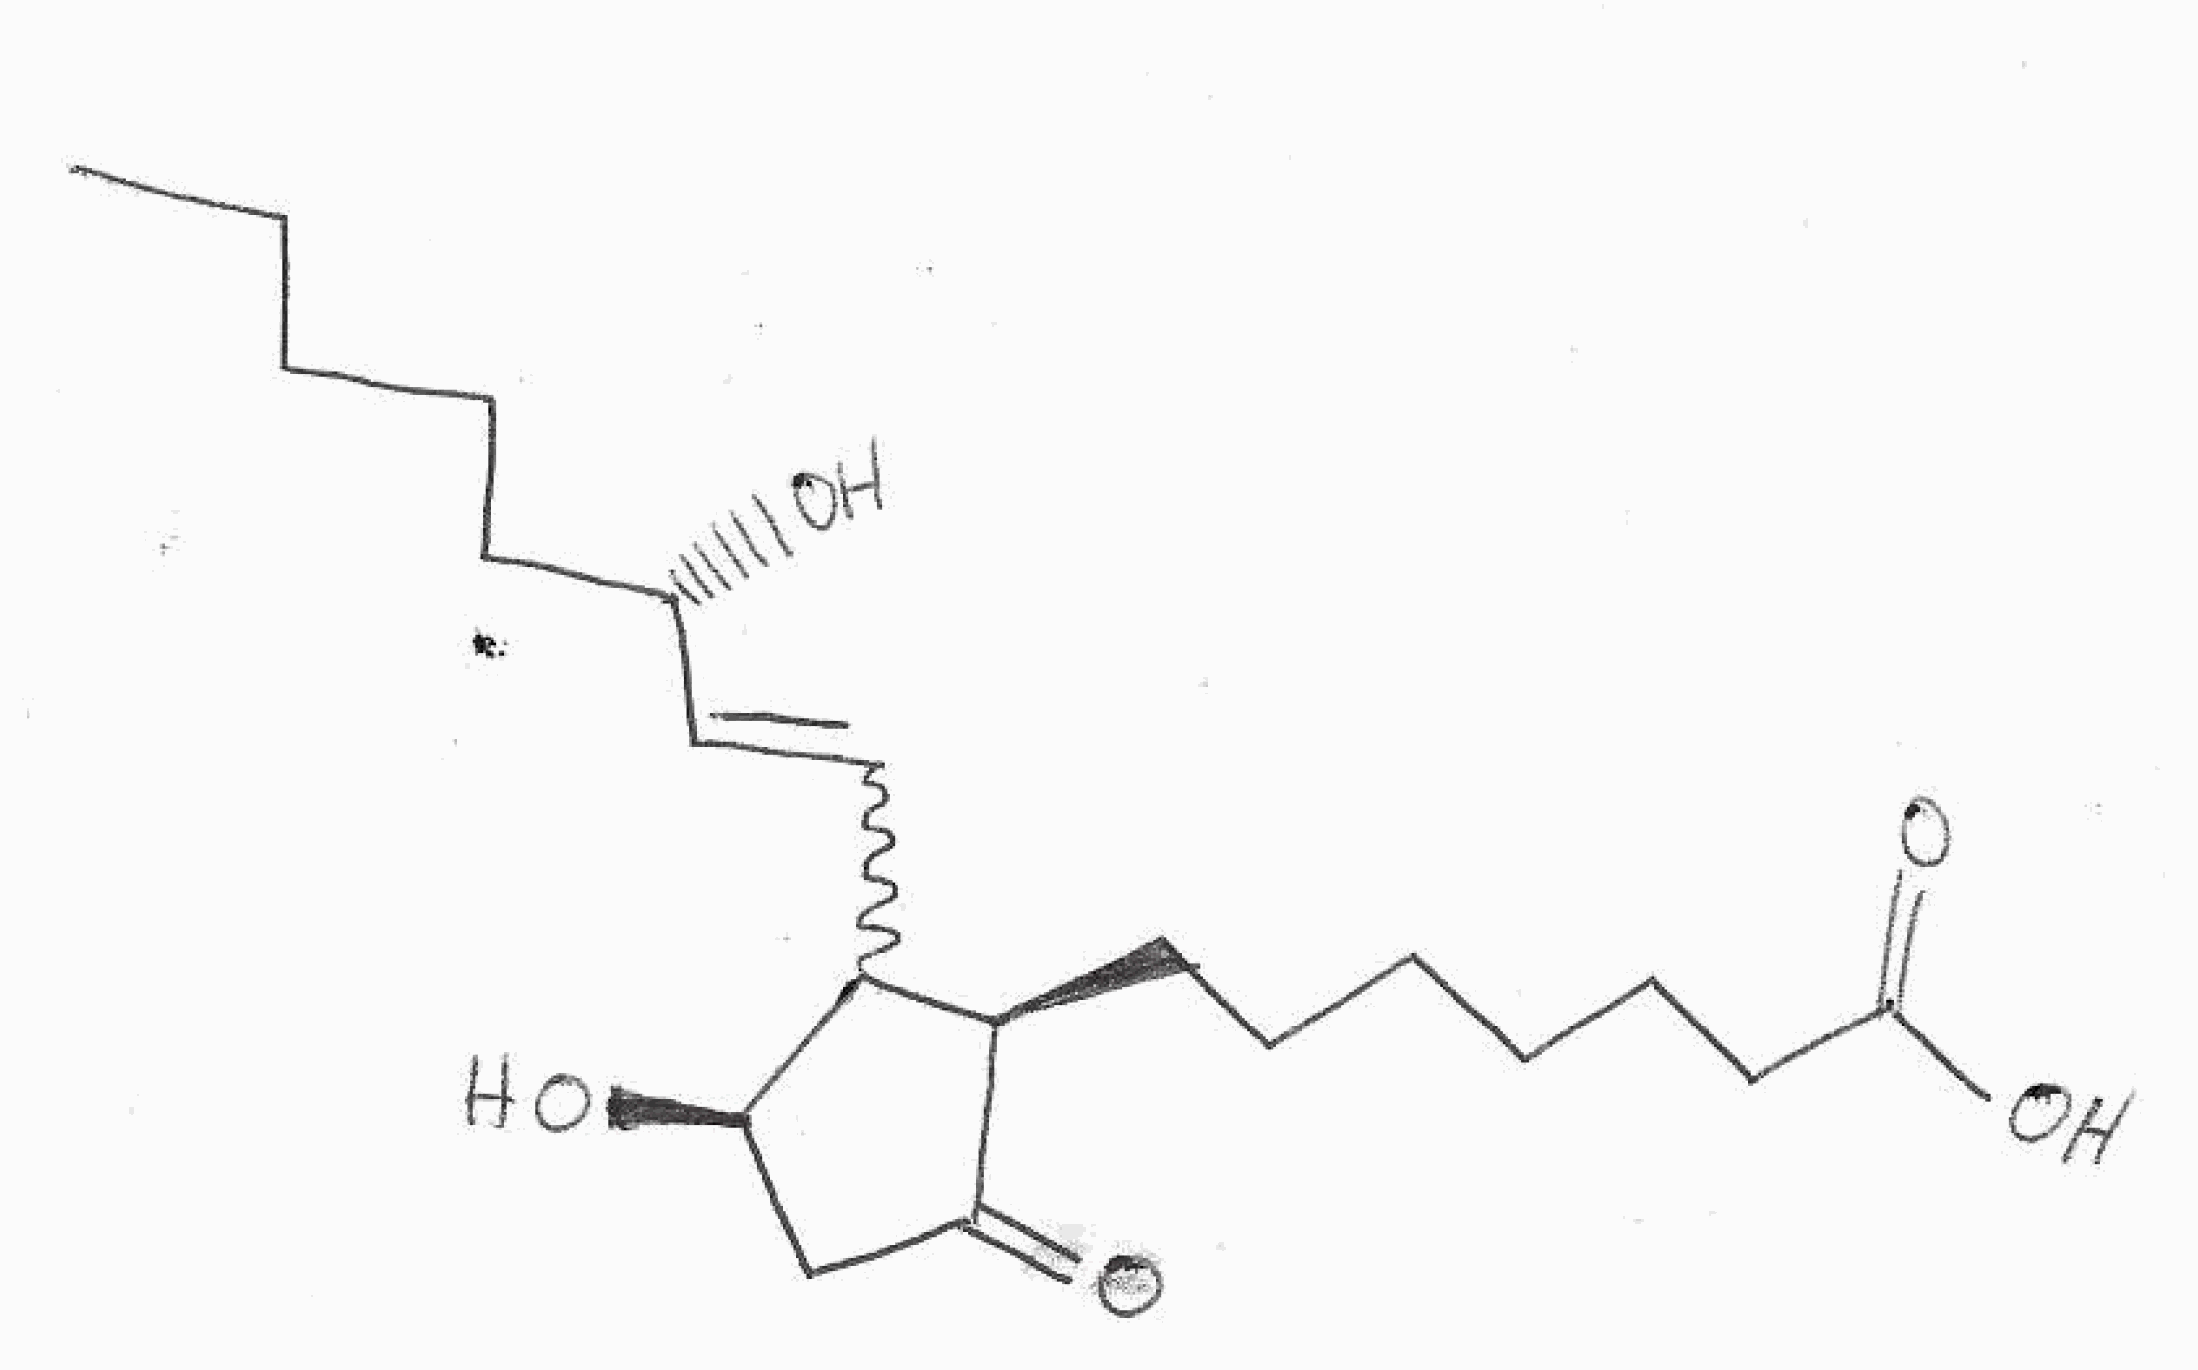
Simplified molecular-input line-entry system (SMILES) notation of the given molecule:
CCCCC[C@@H](C=CC1[C@@H](CC(=O)[C@@H]1CCCCCCC(=O)O)O)O